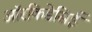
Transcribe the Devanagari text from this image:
ऑरकिडेसिई